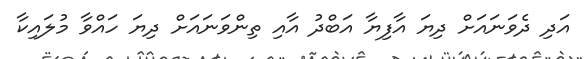
އަދި ދެވަނައަށް ދިޔަ އާފިޔާ އަބްދު އާއި ތިންވަނައަށް ދިޔަ ހައްވާ މުލައިކާ